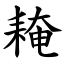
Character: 䎨